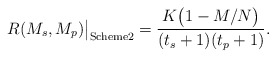
\begin{align*} R(M_s,M_p)\big|_{\textrm{Scheme2}}=\frac{K\big(1-M/{N}\big)}{(t_s+1)(t_p+1)}.\end{align*}